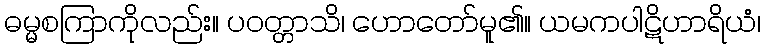
ဓမ္မစကြာကိုလည်း။ ပဝတ္တာသိ၊ ဟောတော်မူ၏။ ယမကပါဋိဟာရိယံ၊